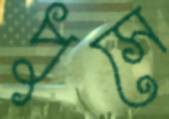
পুসে